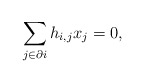
\begin{align*} \sum_{j\in \partial i}h_{i,j}{x}_{j}=0, \end{align*}